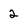
Character: 2